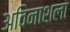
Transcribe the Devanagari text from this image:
अविनाशला